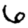
Digit: 6